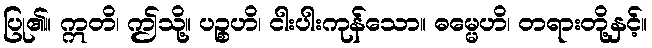
ပြု၏။ ဣတိ၊ ဤသို့။ ပဉ္စဟိ၊ ငါးပါးကုန်သော။ ဓမ္မေဟိ၊ တရားတို့နှင့်။